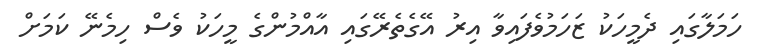
ހަމަލާގައި ދެމީހަކު ޒަހަމުވެފައިވާ އިރު އޭގެތެރޭގައި އާއްމުންގެ މީހަކު ވެސް ހިމެނޭ ކަމަށް